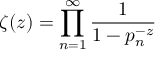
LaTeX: \zeta ( z ) = \prod _ { n = 1 } ^ { \infty } { \frac { 1 } { 1 - p _ { n } ^ { - z } } }